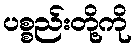
ပစ္စည်းတို့ကို